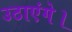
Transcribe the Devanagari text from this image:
उठाएंगे।